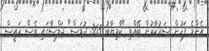
އެންމެ ފަހުން ސަރުކާރުން ބޭއްވި "ކާމިޔާބު 365 ދުވަސް" ޖަލްސާގައި ވެސް ރައީސް